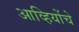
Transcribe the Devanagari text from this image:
आव्हियोंचे